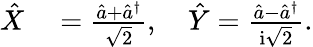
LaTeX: \begin{array}{rl}{\hat{X}}&{{}=\frac{\hat{a}+\hat{a}^{\dagger}}{\sqrt{2}},\quad\hat{Y}=\frac{\hat{a}-\hat{a}^{\dagger}}{\mathrm{i}\sqrt{2}}.}\end{array}